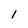
Character: 1